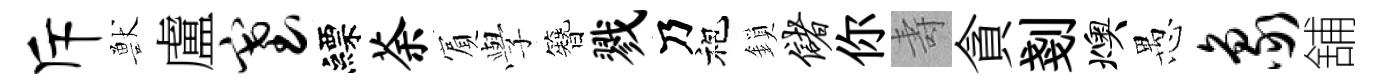
斥獸盧塞縹荼賔𫝯簪戮乃袍鎖储你壽貪剗燠愚象舖